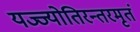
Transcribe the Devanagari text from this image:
यज्ज्योतिरन्तरमृतं